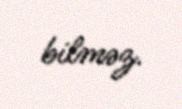
bilməz.